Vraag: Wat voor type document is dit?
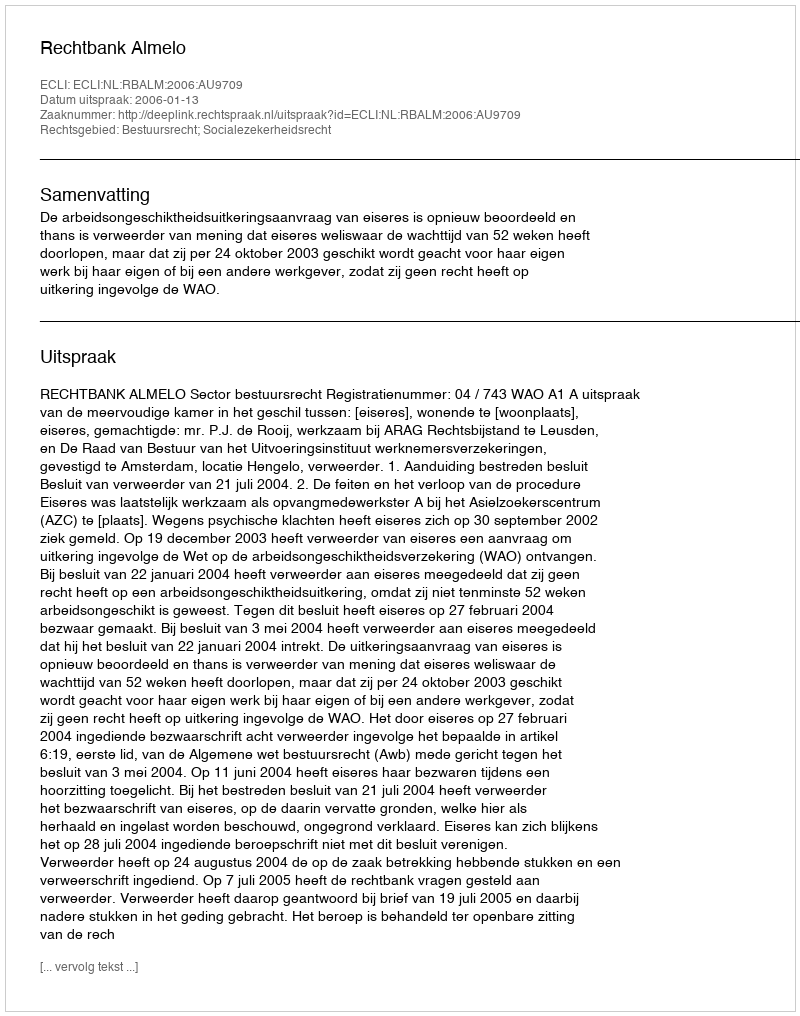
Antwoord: Uitspraak